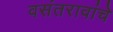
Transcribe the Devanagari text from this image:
वसंतरावांचे